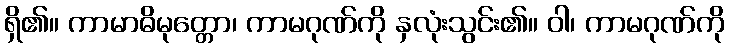
ရှိ၏။ ကာမာဓိမုတ္တော၊ ကာမဂုဏ်ကို နှလုံးသွင်း၏။ ဝါ၊ ကာမဂုဏ်ကို